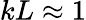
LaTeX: kL\approx 1